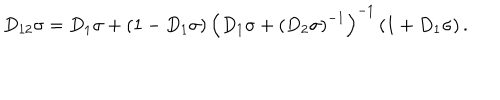
LaTeX: D _ { 1 2 } \sigma = D _ { 1 } \sigma + \left( 1 - D _ { 1 } \sigma \right) \left( D _ { 1 } \sigma + \left( D _ { 2 } \sigma \right) ^ { - 1 } \right) ^ { - 1 } \left( 1 + D _ { 1 } \sigma \right) .